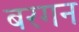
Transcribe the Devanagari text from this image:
बरगन